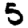
Digit: 5